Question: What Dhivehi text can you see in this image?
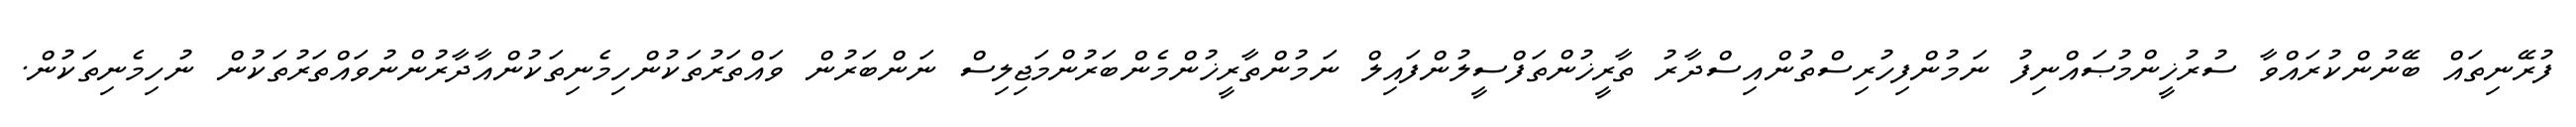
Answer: ފުރޭނިތައް ބޭނުންކުރައްވާ ސުރުޚީންމުޞައްނިފު ނަމުންފިހުރިސްތުންއިސްދާރު ތާރީޚުންތަފްސީލުންފައިލް ނަމުންތާރީޚުންމެންބަރުންމަޖިލިސް ނަންބަރުން ވައްތަރުތަކުންހިމެނިތަކުންއާދާރުންނުވައްތަރުތަކުން ނުހިމެނިތަކުން.